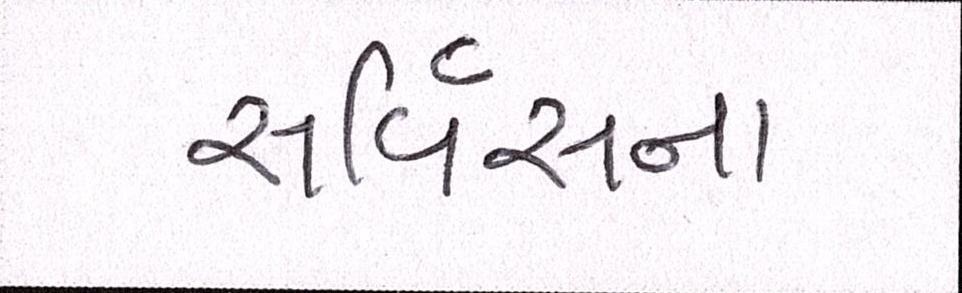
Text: સર્વિસના